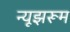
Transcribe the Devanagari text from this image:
न्यूझरूम